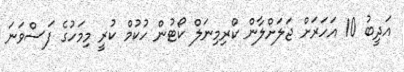
އަދީބު 10 އަހަރަށް ޖަލަށްލާން ކްރިމިނަލް ކޯޓުން ހުކުމް ކުރީ މިމަހުގެ ފަސްވަނަ